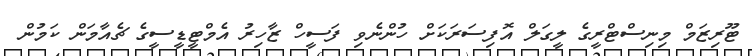
ޓޫރިޒަމް މިނިސްޓްރީގެ ލީގަލް އޮފިސަރަކަށް ހުންނެވި ފަސީހް ޒާހިރު އެމްޓީޑީސީގެ ޗެއާމަން ކަމުން